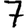
Digit: 7